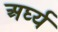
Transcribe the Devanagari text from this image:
अर्घ्य